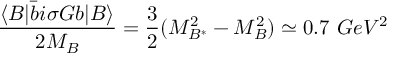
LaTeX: \frac { \langle B | \bar { b } i \sigma G b | B \rangle } { 2 M _ { B } } = \frac { 3 } { 2 } ( M _ { B ^ { * } } ^ { 2 } - M _ { B } ^ { 2 } ) \simeq 0 . 7 \ G e V ^ { 2 }